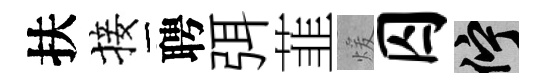
扶接聘弭韮煖囚伫